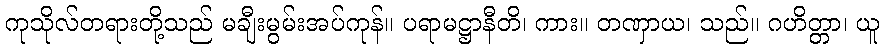
ကုသိုလ်တရားတို့သည် မချီးမွမ်းအပ်ကုန်။ ပရာမဋ္ဌာနီတိ၊ ကား။ တဏှာယ၊ သည်။ ဂဟိတ္တာ၊ ယူ